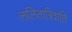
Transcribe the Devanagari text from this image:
ललितात्रिशति